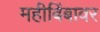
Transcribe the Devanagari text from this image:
महीबिंबावर